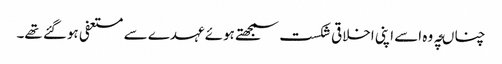
چناںچہ وہ اسے اپنی اخلاقی شکست سمجھتے ہوئے عہدے سے مستعفی ہوگئے تھے۔